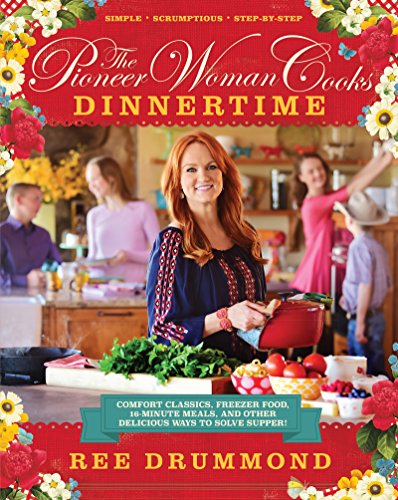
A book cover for The Pioneer Woman Cooks: Dinnertime: Comfort Classics, Freezer Food, 16-Minute Meals, and Other Delicious Ways to Solve Supper!; Ree Drummond; Cookbooks, Food & Wine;